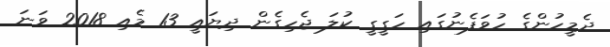
ދެމީހުންގެ ހުވަފެނުގައި ހަގީގީ ކުލަ ޖެހިގެން ދިޔައީ 13 މެއި 2018 ވަނަ